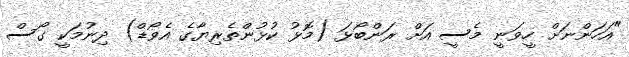
"އަހަންނަށް ހީވަނީ މެސީ އަށް ރަންބޯޅަ (މޮޅު ކުޅުންތެރިޔާގެ އެވޯޑް) ދިނުމަކީ ގޯސް